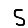
Digit: 5